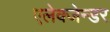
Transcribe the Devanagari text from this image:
एलेक्जेन्डर